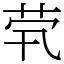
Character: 茕